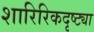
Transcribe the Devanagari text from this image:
शारिरिकदृष्ट्या